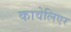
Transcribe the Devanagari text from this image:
कावेलिएर